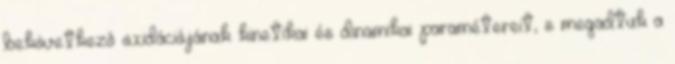
bekövetkezô oxidációjának kinetikai és dinamikai paramétereit, s megadtuk a